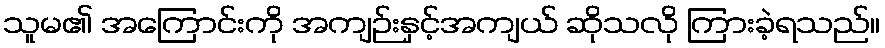
သူမ၏ အကြောင်းကို အကျဉ်းနှင့်အကျယ် ဆိုသလို ကြားခဲ့ရသည်။